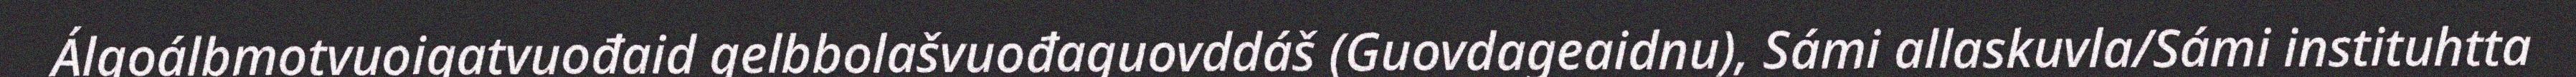
Álgoálbmotvuoigatvuođaid gelbbolašvuođaguovddáš (Guovdageaidnu), Sámi allaskuvla/Sámi instituhtta